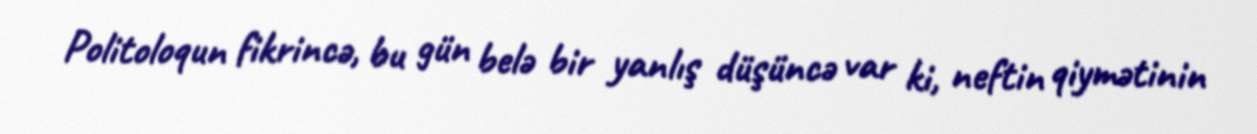
Politoloqun fikrincə, bu gün belə bir yanlış düşüncə var ki, neftin qiymətinin